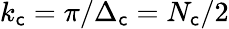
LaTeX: k_{\mathsf{c}}=\pi/\Delta_{\mathsf{c}}=N_{\mathsf{c}}/2